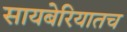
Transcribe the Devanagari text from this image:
सायबेरियातच